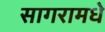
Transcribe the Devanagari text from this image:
सागरामधे